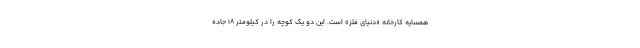
همسایه کارخانه «دنیای فلز» است. این دو یک کوچه را در کیلومتر ۱۸ جاده